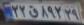
۲۲ق۸۹۲۲۹